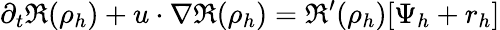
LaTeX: \partial_{t}\mathfrak{R}(\rho_{h})+u\cdot\nabla\mathfrak{R}(\rho_{h})=\mathfrak{R}^{\prime}(\rho_{h})[\Psi_{h}+r_{h}]